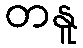
တနူ